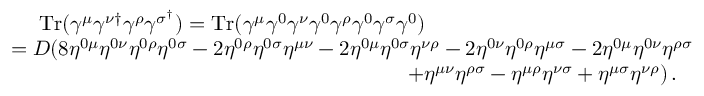
\begin{array} { r l } & { \quad \, \, \mathrm { T r } ( \gamma ^ { \mu } \gamma ^ { \nu \dagger } \gamma ^ { \rho } \gamma ^ { \sigma ^ { \dagger } } ) = \mathrm { T r } ( \gamma ^ { \mu } \gamma ^ { 0 } \gamma ^ { \nu } \gamma ^ { 0 } \gamma ^ { \rho } \gamma ^ { 0 } \gamma ^ { \sigma } \gamma ^ { 0 } ) } \\ & { = D ( 8 \eta ^ { 0 \mu } \eta ^ { 0 \nu } \eta ^ { 0 \rho } \eta ^ { 0 \sigma } - 2 \eta ^ { 0 \rho } \eta ^ { 0 \sigma } \eta ^ { \mu \nu } - 2 \eta ^ { 0 \mu } \eta ^ { 0 \sigma } \eta ^ { \nu \rho } - 2 \eta ^ { 0 \nu } \eta ^ { 0 \rho } \eta ^ { \mu \sigma } - 2 \eta ^ { 0 \mu } \eta ^ { 0 \nu } \eta ^ { \rho \sigma } } \\ & { \quad \quad \quad \quad \quad \quad \quad \quad \quad \quad \quad \quad \quad \quad \quad \quad \quad \quad \quad + \eta ^ { \mu \nu } \eta ^ { \rho \sigma } - \eta ^ { \mu \rho } \eta ^ { \nu \sigma } + \eta ^ { \mu \sigma } \eta ^ { \nu \rho } ) \, . } \end{array}